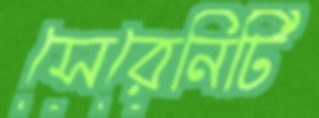
সেরেনিটি